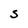
Character: S